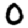
Digit: 0